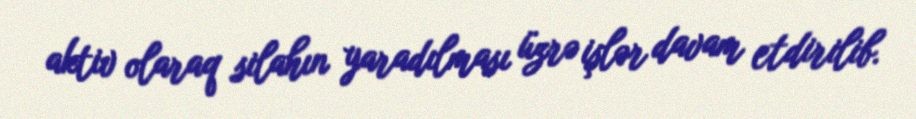
aktiv olaraq silahın yaradılması üzrə işlər davam etdirilib.